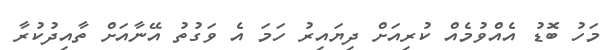
މަހު ބޮޑު އެއްވުމެއް ކުރިއަށް ދިޔައިރު ހަމަ އެ ވަގުތު އޭނާއަށް ތާއިދުކުރާ